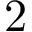
2